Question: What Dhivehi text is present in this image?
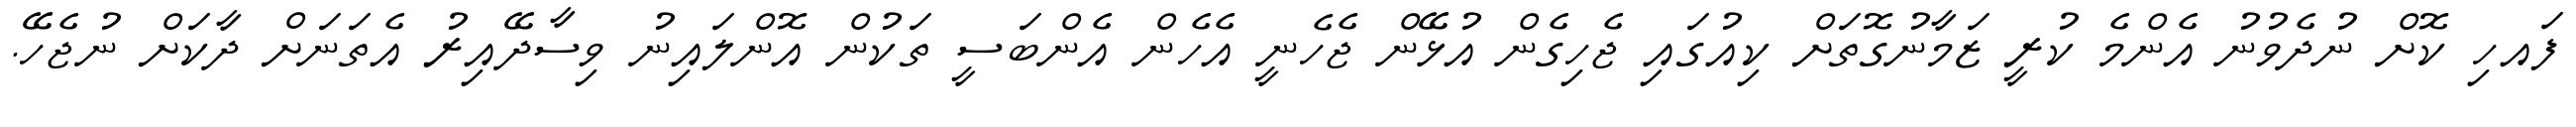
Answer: ފައހި ކޮށް ނުދެވުނު އެންމެ ކުރީ ޒަމާނުގޮތަށް ކިއުގައި ޖެހިގެން އުޅޭން ޖެހެނީ އެހެން އެންބަސީ ތަކުން އޮންލައިނު ވިސާދޭއިރު އެތަނަށް ދާކަށް ނުޖެހޭ.